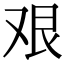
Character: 艰